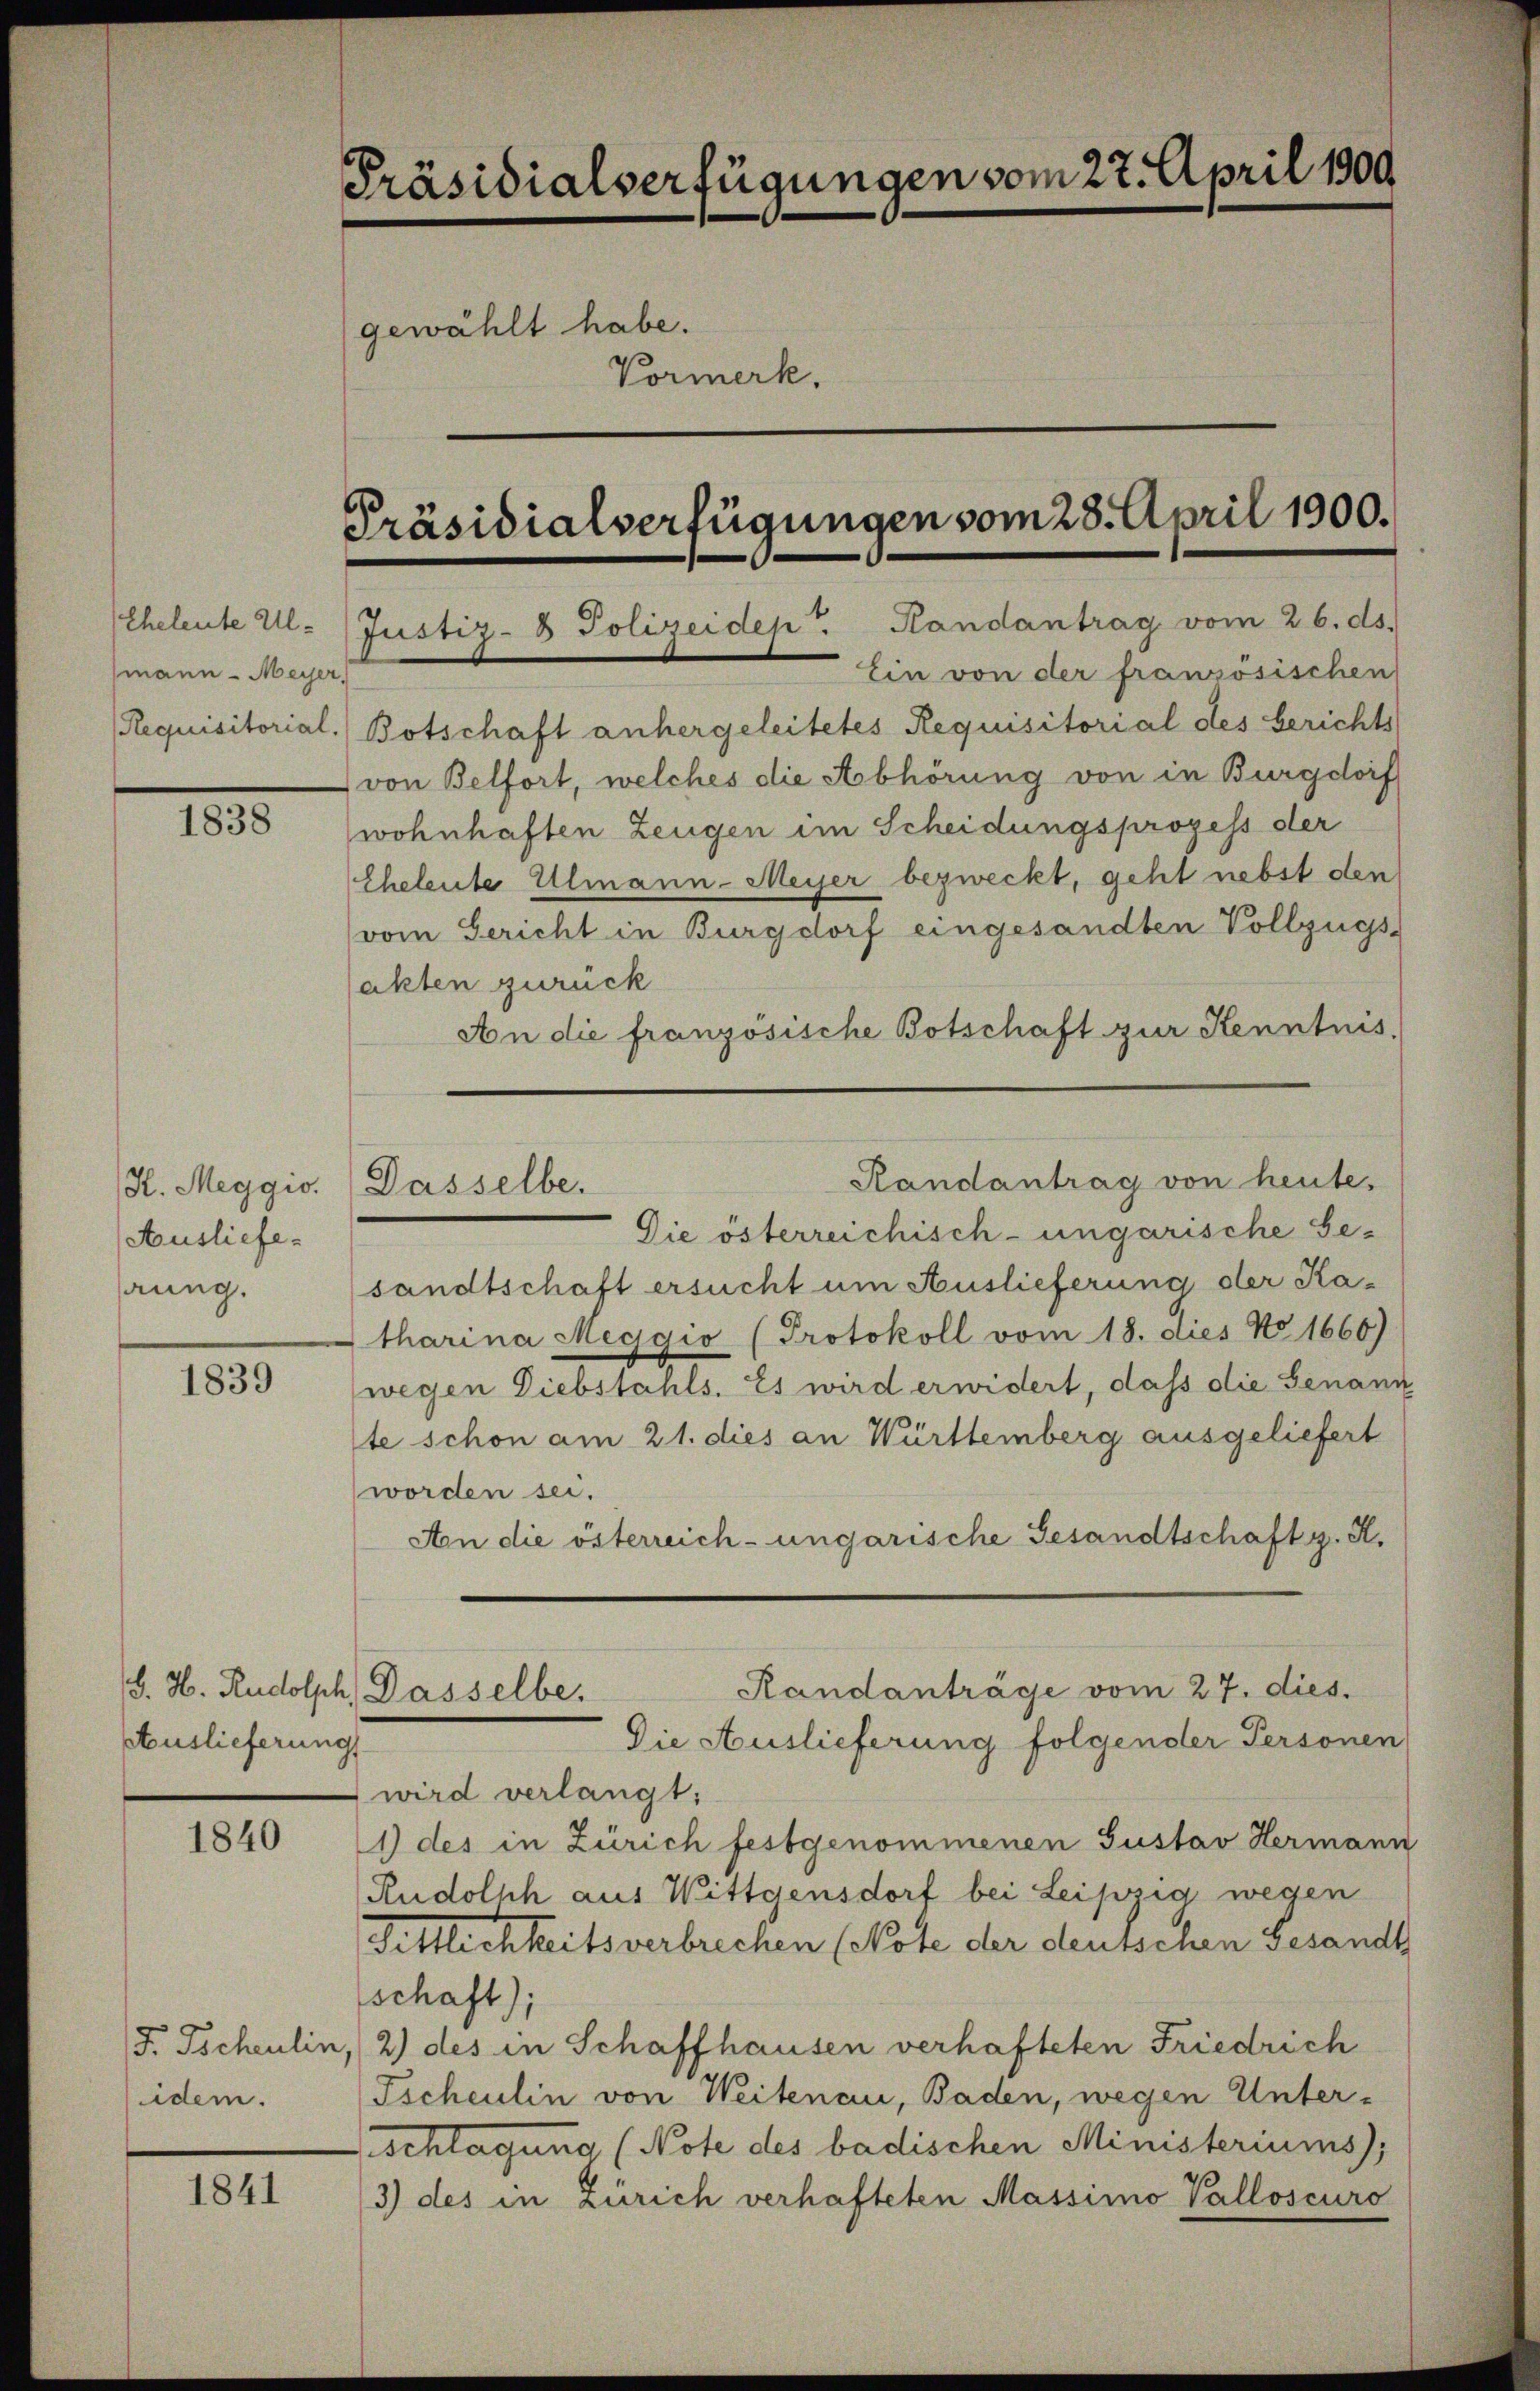
Eheleute Almann - Meyer,

1838

H. Meggio.
Ausliefeung.

1839

Auslieferung

1840

idem.

1841

Präsidialverfügungen vom 27. April 1909
gewählt habe.
Vormerk.
Präsidialverfügungen vom 28. April 1900.
Justiz- & Polizeidep . Handantrag vom 26. ds.
Ein von der französischen

Requisitorial. Botschaft anhergeleitetes Requisitorial des berichts
von Belfort, welches die Abhörung von in Burgdorf
wohnhaften Zeugen im Scheidungsprozess der
Eheleute Almann-Meyer bezweckt, geht nebst den
vom Gericht in Burgdorf eingesandten Vollzugs-
akten zurück
An die französische Botschaft zur Kenntnis.
Die österreichisch-ungarische Ge-
sandtschaft ersucht um Auslieferung der Katharina Meggio (Protokoll vom 18. dies No 1666)
wegen Diebstahls. Es wird erwidert, dass die Genann
te schon am 21. dies an Württemberg ausgeliefert
worden sei.
An die österreich-ungarische Gesandtschaftg. K.
Randanträge vom 27. dies.
S. H. Rudolph, Dasselbe.
Die Auslieferung folgender Personen
wird verlangt;
1) des in Zürich festgenommenen Gustav Hermann
Rudolph aus Wittgensdorf bei Leipzig wegen
Sittlichkeitsverbrechen (Note der deutschen Gesandt
schaft);
F. Tscheulin, 2) des in Schaffhausen verhafteten Friedrich
Tscheulin von Weitenau, Baden, wegen Unter-
schlagung (Note des badischen Ministeriums),
3) des in Zürich verhafteten Massimo Valloscuro

Randantrag von heute.
Dasselbe.